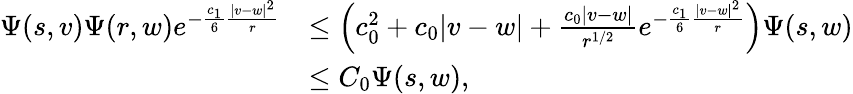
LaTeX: \begin{array}{rl}{\Psi(s,v)\Psi(r,w)e^{-\frac{c_{1}}{6}\frac{|v-w|^{2}}{r}}}&{\le\left(c_{0}^{2}+c_{0}|v-w|+\frac{c_{0}|v-w|}{r^{1/2}}e^{-\frac{c_{1}}{6}\frac{|v-w|^{2}}{r}}\right)\Psi(s,w)}\\ &{\le C_{0}\Psi(s,w),}\end{array}